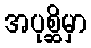
အပုစ္ဆိမှာ